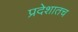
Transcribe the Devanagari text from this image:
प्रदेशातच